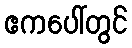
ဧကပေါ်တွင်